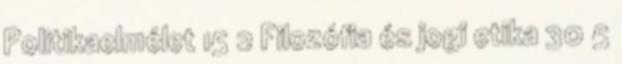
Politikaelmélet 15 2 Filozófia és jogi etika 30 5